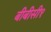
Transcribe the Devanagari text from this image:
बीबीसी१